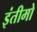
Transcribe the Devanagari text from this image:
इंतीमो